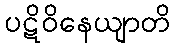
ပဋိဝိနေယျာတိ